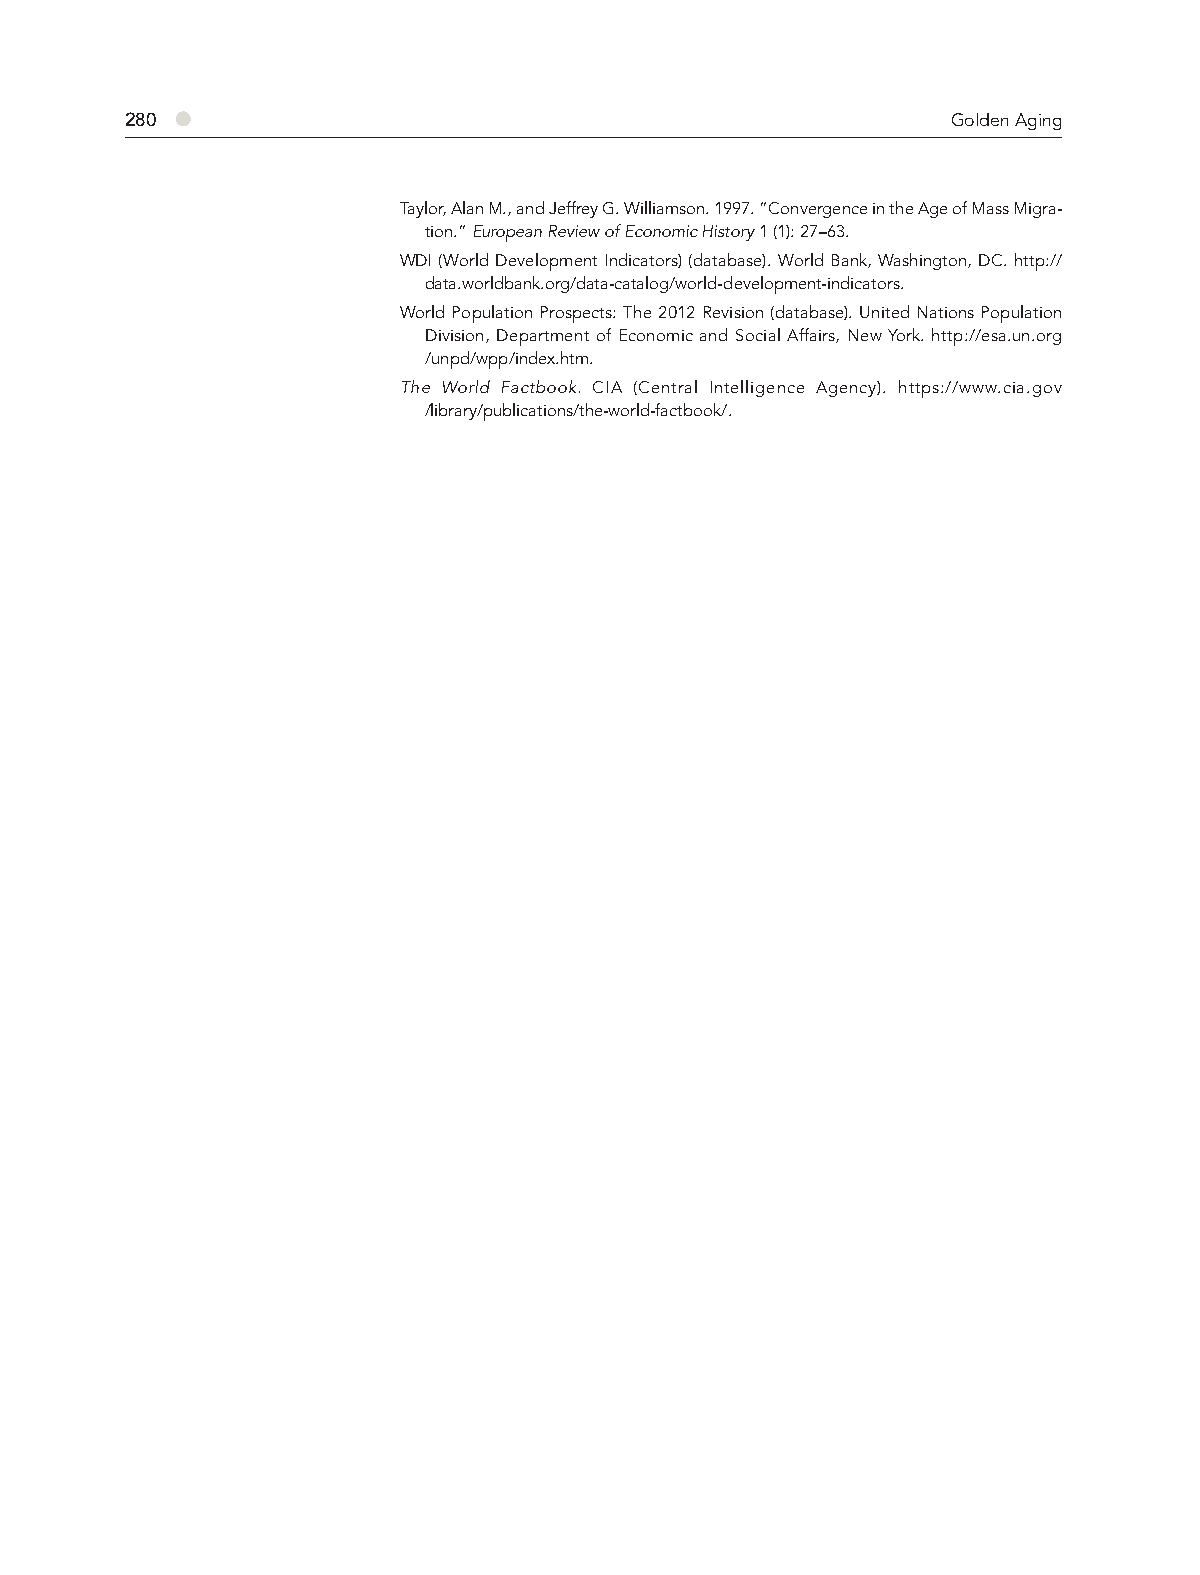
280 ●                                                  Golden Aging
 Taylor, Alan M., and Jeffrey G. Williamson. 1997. “Convergence in the Age of Mass Migra-
 tion.” European Review of Economic History 1 (1): 27–63.
 WDI (World Development Indicators) (database). World Bank, Washington, DC. http://
 data.worldbank.org/data-catalog/world-development-indicators.
 World Population Prospects: The 2012 Revision (database). United Nations Population
 Division, Department of Economic and Social Affairs, New York. http://esa.un.org
 /unpd/wpp/index.htm.
 The World Factbook. CIA (Central Intelligence Agency). https://www.cia.gov
 /library/publications/the-world-factbook/.